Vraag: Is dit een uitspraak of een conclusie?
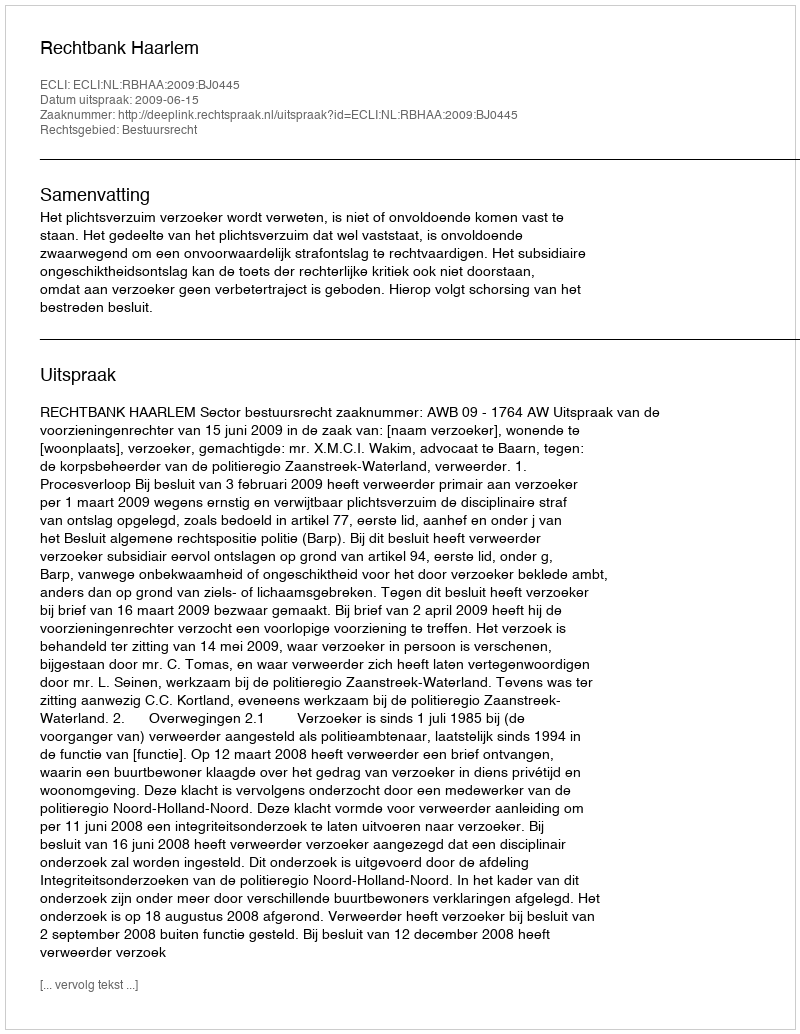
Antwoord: Uitspraak